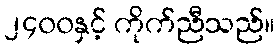
၂၄၀၀နှင့် ကိုက်ညီသည်။